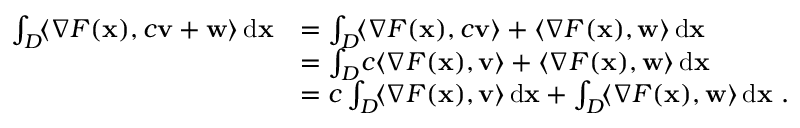
\begin{array} { r l } { \int _ { D } \! \langle \nabla F ( { \mathbf x } ) , c { \mathbf v } + { \mathbf w } \rangle \, \mathrm { d } { \mathbf x } } & { = \int _ { D } \! \langle \nabla F ( { \mathbf x } ) , c { \mathbf v } \rangle + \langle \nabla F ( { \mathbf x } ) , { \mathbf w } \rangle \, \mathrm { d } { \mathbf x } } \\ & { = \int _ { D } \! c \langle \nabla F ( { \mathbf x } ) , { \mathbf v } \rangle + \langle \nabla F ( { \mathbf x } ) , { \mathbf w } \rangle \, \mathrm { d } { \mathbf x } } \\ & { = c \int _ { D } \! \langle \nabla F ( { \mathbf x } ) , { \mathbf v } \rangle \, \mathrm { d } { \mathbf x } + \int _ { D } \! \langle \nabla F ( { \mathbf x } ) , { \mathbf w } \rangle \, \mathrm { d } { \mathbf x } ~ . } \end{array}